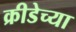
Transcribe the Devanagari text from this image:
क्रीडेच्या